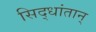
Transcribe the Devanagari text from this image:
सिद्धांतान्